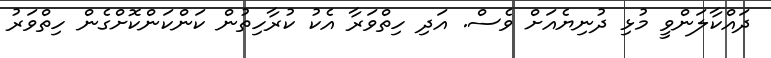
ދައްކާލަންވީ މުޅި ދުނިޔެއަށް ވެސް. އަދި ހިތްވަރާ އެކު ކުރާހިތުން ކަންކަންކޮށްގެން ހިތްވަރު